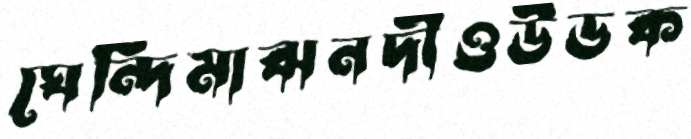
ঘেন্দিমাঝনদীওউডক